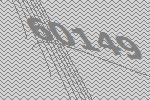
60149